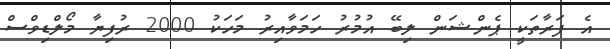
އެ ފަރާތަކީ ޕެންޝަން ލިބޭ އުމުރު ހަމަވާއިރު މަހަކު 2000 ރުފިޔާ މޯލްޑިވްސް